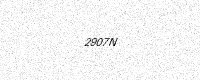
Text: 2907N